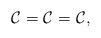
LaTeX: \begin{align*}\mathcal{C}^{} = \mathcal{C}^{} = \mathcal{C}^{}, \end{align*}